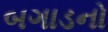
બગાડનો